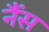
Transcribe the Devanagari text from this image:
नैंस